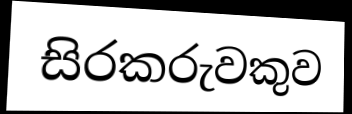
සිරකරුවකුව